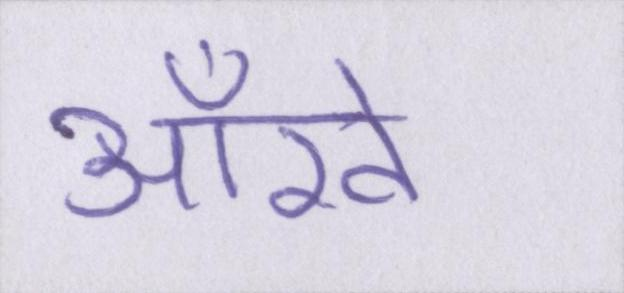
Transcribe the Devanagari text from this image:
आँखे